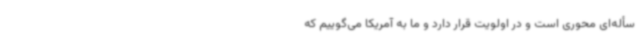
سأله‌ای محوری است و در اولویت قرار دارد و ما به آمریکا می‌گوییم که